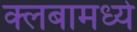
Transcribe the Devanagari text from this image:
क्लबामध्ये